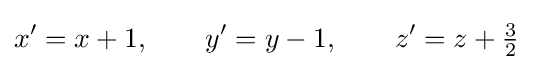
x'=x+1,\qquad y'=y-1,\qquad z'=z+{\tfrac {3}{2}}